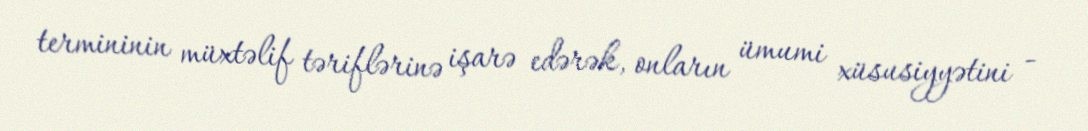
termininin müxtəlif təriflərinə işarə edərək, onların ümumi xüsusiyyətini -